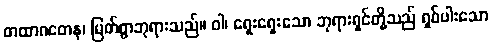
တထာဂတေန၊ မြတ်စွာဘုရားသည်။ ဝါ၊ ရှေးရှေးသော ဘုရားရှင်တို့သည် ရှစ်ပါးသော